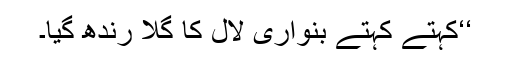
‘‘کہتے کہتے بنواری لال کا گلا رُندھ گیا۔